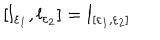
\left[ l _ { \varepsilon _ { 1 } } , l _ { \varepsilon _ { 2 } } \right] = l _ { [ \varepsilon _ { 1 } , \varepsilon _ { 2 } ] }